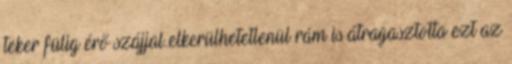
teker fülig érő szájjal..elkerülhetetlenül rám is átragasztotta ezt az